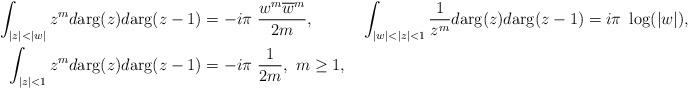
LaTeX: \begin{align*}\begin{aligned}\int_{|z|<|w|}z^m d\mathrm{arg}(z)d\mathrm{arg}(z-1)&=-i\pi\ \frac{w^m \overline w^m}{2m},\ &\ \int_{|w|<|z|<1}\frac{1}{z^m}d\mathrm{arg}(z)d\mathrm{arg}(z-1)&=i\pi\ \log(|w|),\\\int_{|z|<1}z^m d\mathrm{arg}(z)d\mathrm{arg}(z-1)&=-i\pi\ \frac{1}{2m},\ m\geq 1,\end{aligned}\end{align*}